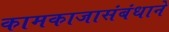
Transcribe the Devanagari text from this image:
कामकाजासंबंधाने